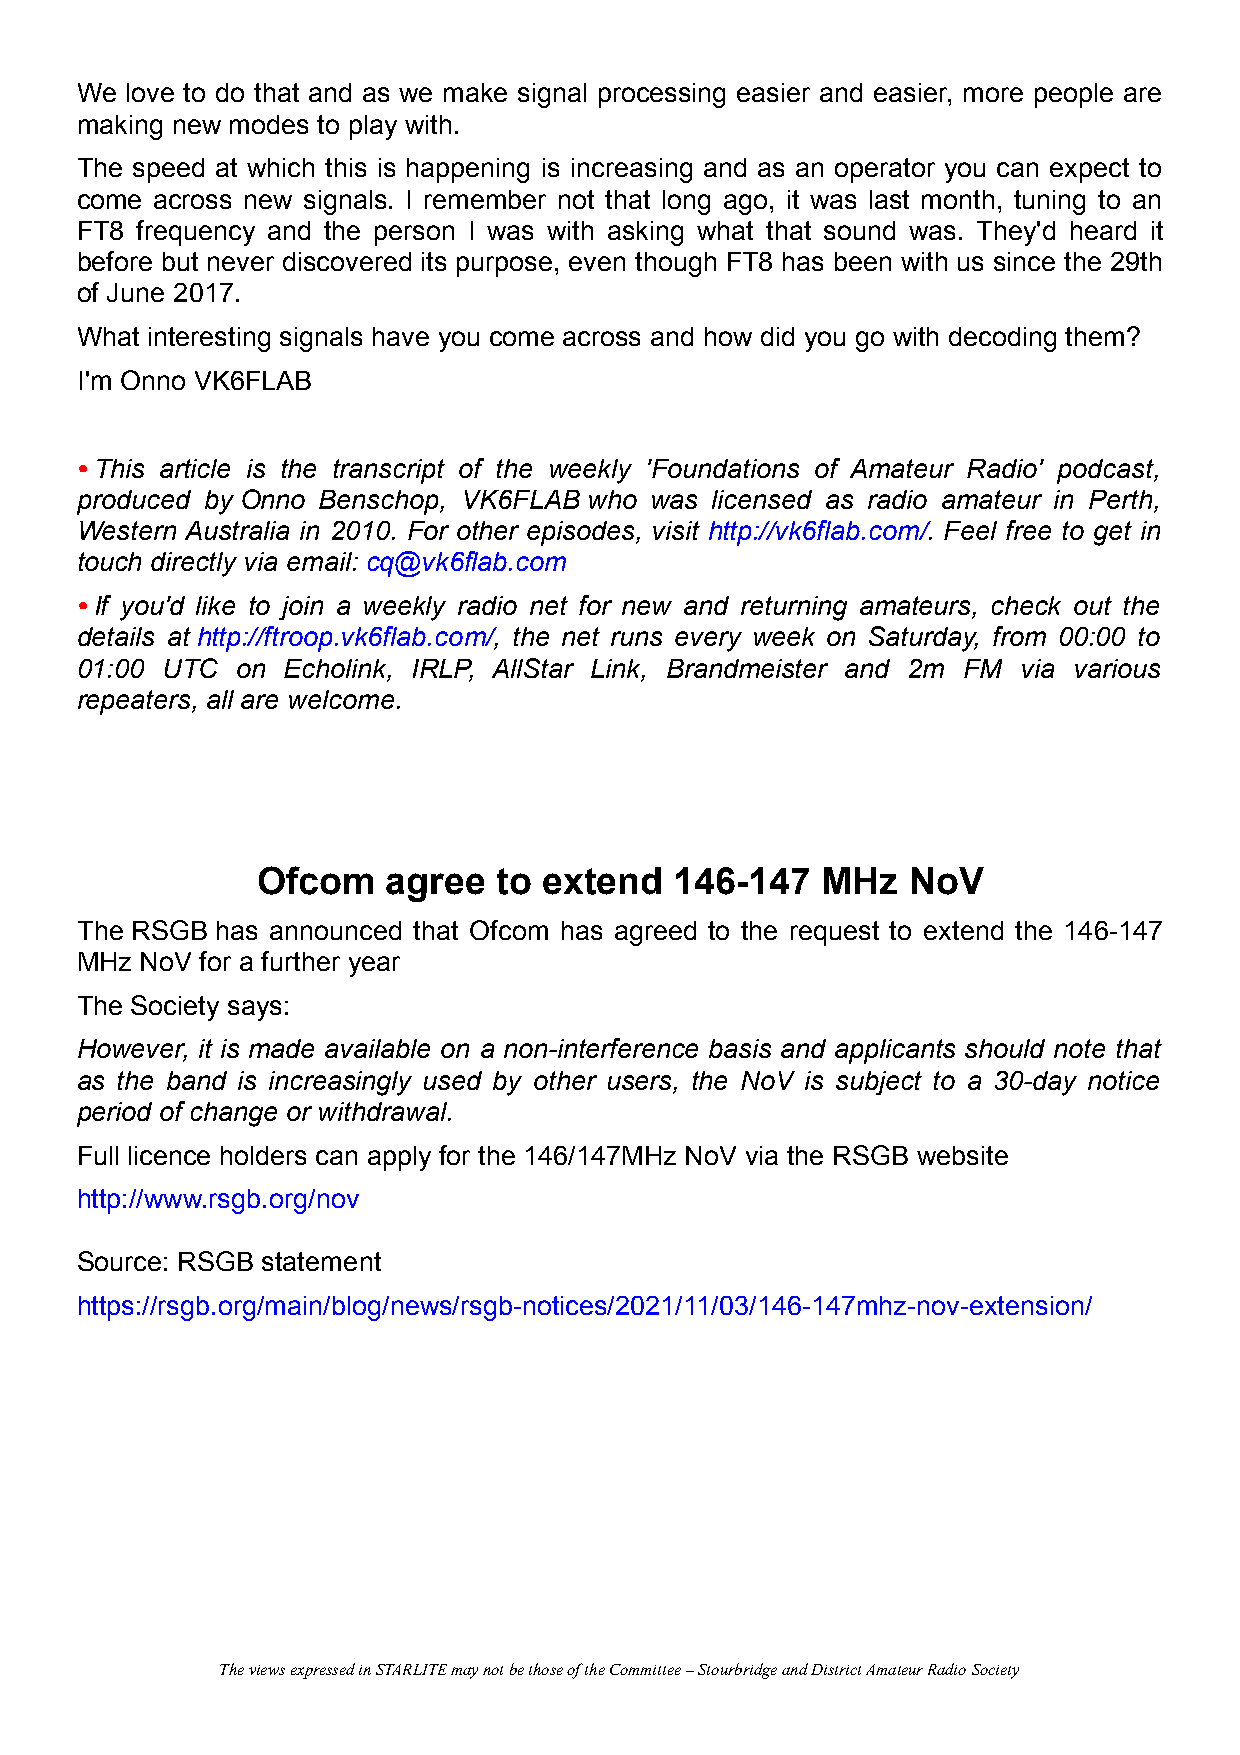
We love to do that and as we make signal processing easier and easier, more people are
 making new modes to play with.
 The speed at which this is happening is increasing and as an operator you can expect to
 come across new signals. I remember not that long ago, it was last month, tuning to an
 FT8 frequency and the person I was with asking what that sound was. They'd heard it
 before but never discovered its purpose, even though FT8 has been with us since the 29th
 of June 2017.
 What interesting signals have you come across and how did you go with decoding them?
 I'm Onno VK6FLAB
 • This article is the transcript of the weekly 'Foundations of Amateur Radio' podcast,
 produced by Onno Benschop, VK6FLAB who was licensed as radio amateur in Perth,
 Western Australia in 2010. For other episodes, visit http://vk6flab.com/. Feel free to get in
 touch directly via email: cq@vk6flab.com
 • If you'd like to join a weekly radio net for new and returning amateurs, check out the
 details at http://ftroop.vk6flab.com/, the net runs every week on Saturday, from 00:00 to
 01:00 UTC  on Echolink, IRLP, AllStar Link, Brandmeister and 2m FM via various
 repeaters, all are welcome.
 Ofcom    agree  to extend   146-147  MHz   NoV
 The RSGB has announced that Ofcom has agreed to the request to extend the 146-147
 MHz NoV for a further year
 The Society says:
 However, it is made available on a non-interference basis and applicants should note that
 as the band is increasingly used by other users, the NoV is subject to a 30-day notice
 period of change or withdrawal.
 Full licence holders can apply for the 146/147MHz NoV via the RSGB website
 http://www.rsgb.org/nov
 Source: RSGB statement
 https://rsgb.org/main/blog/news/rsgb-notices/2021/11/03/146-147mhz-nov-extension/
 The views expressed in STARLITE may not be those of the Committee – Stourbridge and District Amateur Radio Society